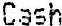
CASH